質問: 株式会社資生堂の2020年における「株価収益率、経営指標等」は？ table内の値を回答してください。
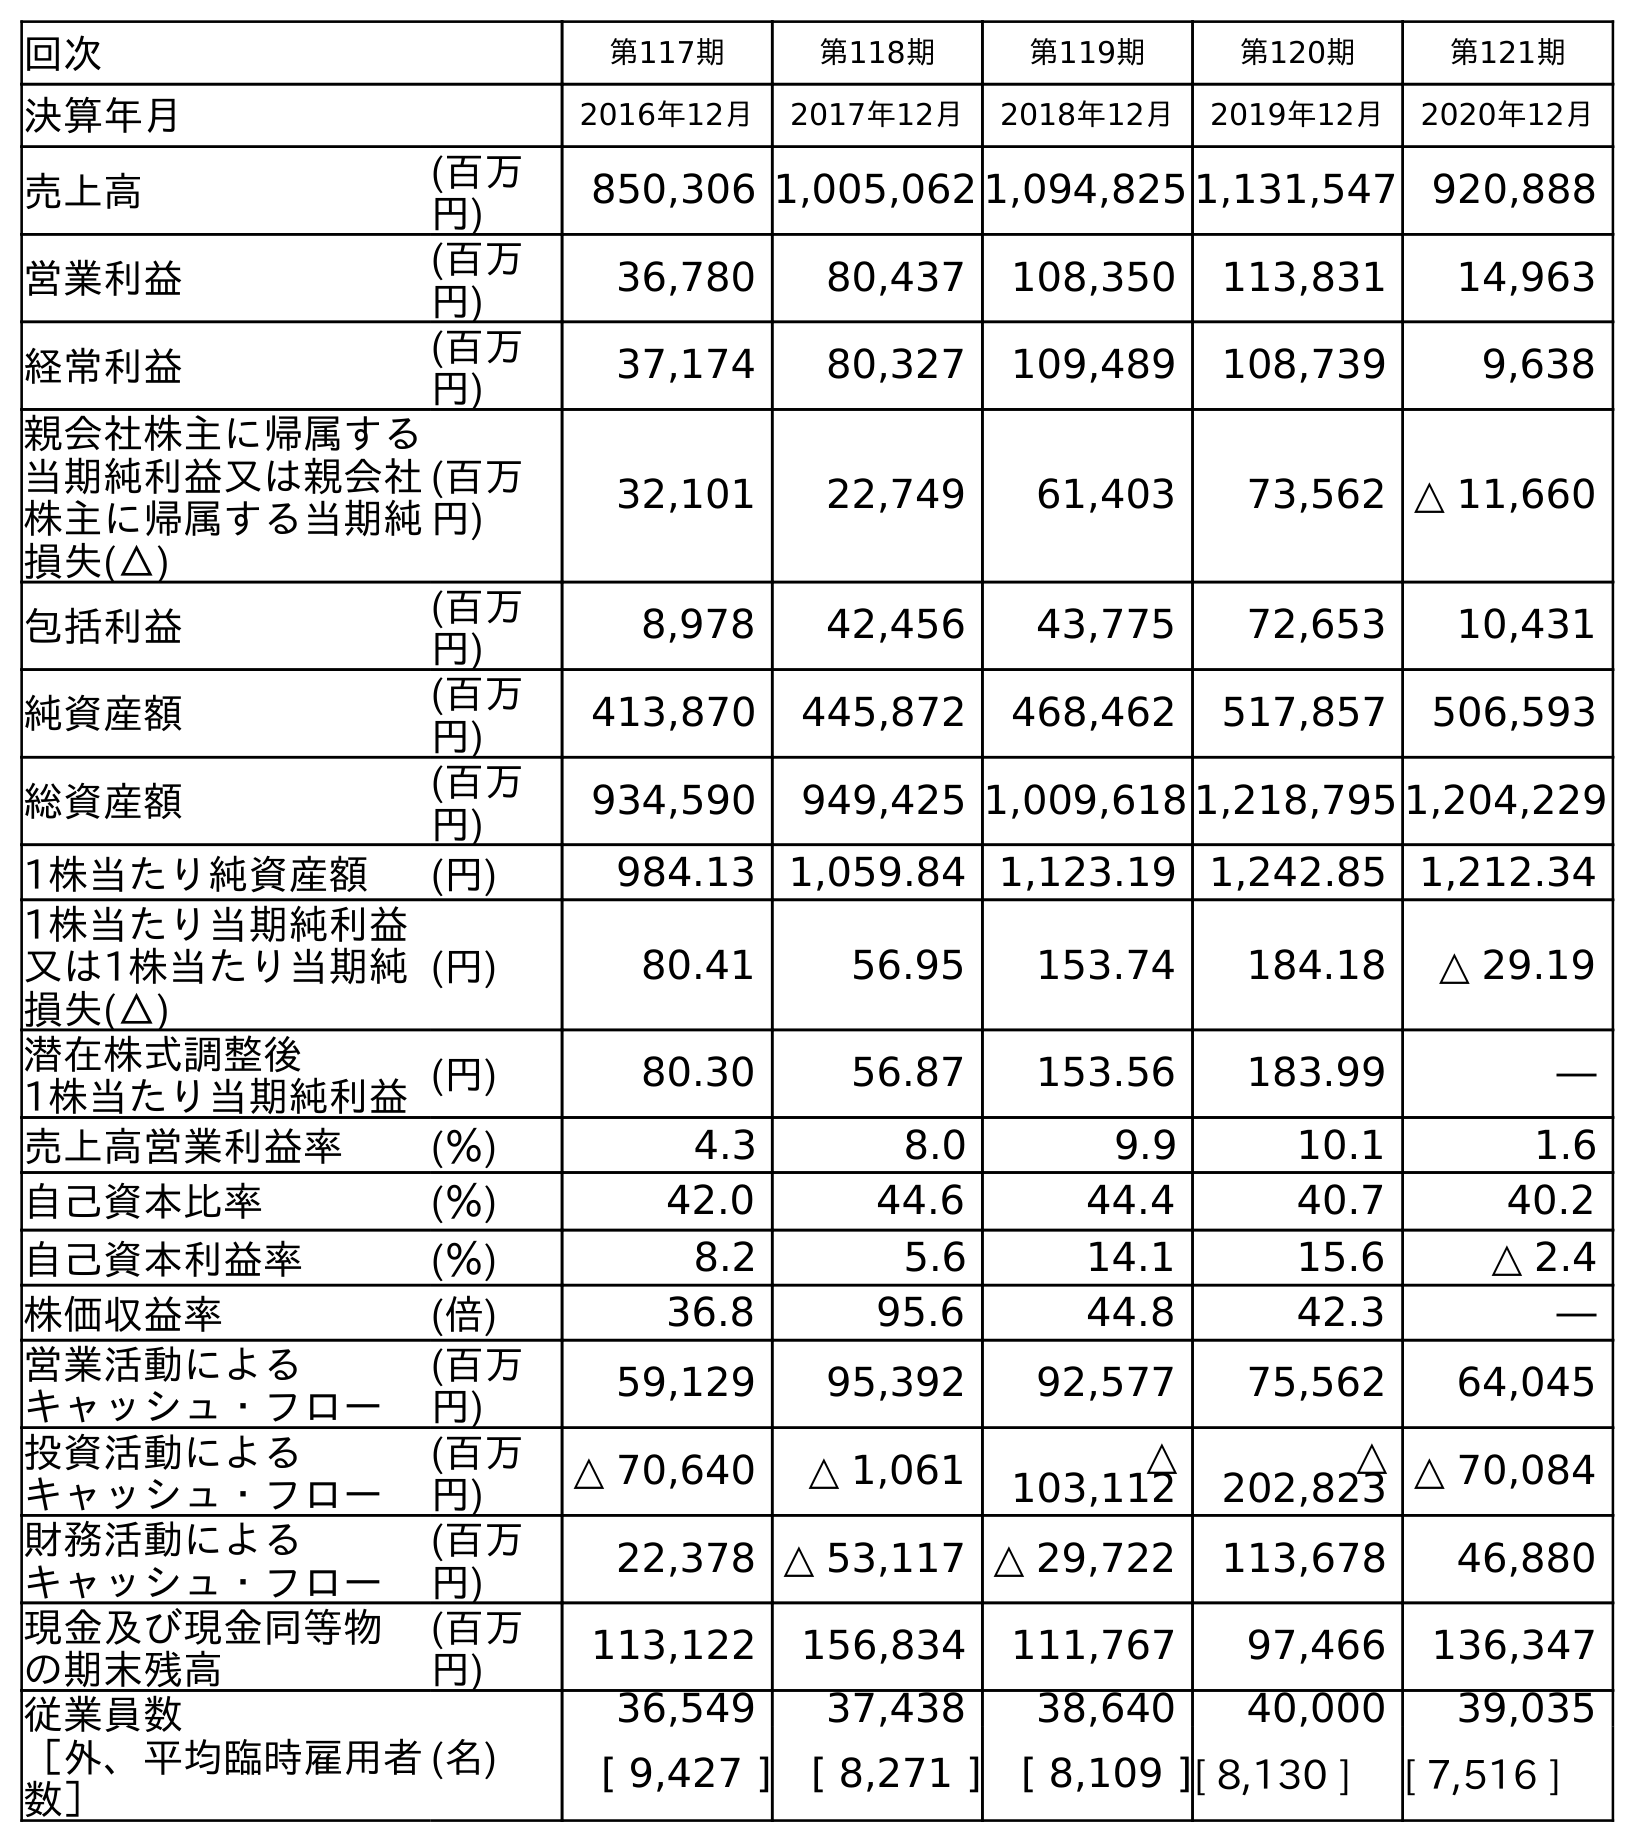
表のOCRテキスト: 回次 第117期 第118期 第119期 第120期 第121期 決算年月 2016年12月 2017年12月 2018年12月 2019年12月 2020年12月 売上高 (百万 円) 850,306 1,005,062 1,094,825 1,131,547 920,888 営業利益 (百万 円) 36,780 80,437 108,350 113,831 14,963 経常利益 (百万 円) 37,174 80,327 109,489 108,739 9,638 親会社株主に帰属する 当期純利益又は親会社 株主に帰属する当期純 損失(△) (百万 円) 32,101 22,749 61,403 73,562 △ 11,660 包括利益 (百万 円) 8,978 42,456 43,775 72,653 10,431 純資産額 (百万 円) 413,870 445,872 468,462 517,857 506,593 総資産額 (百万 円) 934,590 949,425 1,009,618 1,218,795 1,204,229 1株当たり純資産額 (円) 984.13 1,059.84 1,123.19 1,242.85 1,212.34 1株当たり当期純利益 又は1株当たり当期純 損失(△) (円) 80.41 56.95 153.74 184.18 △ 29.19 潜在株式調整後 1株当たり当期純利益(円) 80.30 56.87 153.56 183.99 ― 売上高営業利益率 (％) 4.3 8.0 9.9 10.1 1.6 自己資本比率 (％) 42.0 44.6 44.4 40.7 40.2 自己資本利益率 (％) 8.2 5.6 14.1 15.6 △ 2.4 株価収益率 (倍) 36.8 95.6 44.8 42.3 ― 営業活動による キャッシュ・フロー (百万 円) 59,129 95,392 92,577 75,562 64,045 投資活動による キャッシュ・フロー (百万 円) △ 70,640 △ 1,061 △ 103,112 △ 202,823 △ 70,084 財務活動による キャッシュ・フロー (百万 円) 22,378 △ 53,117 △ 29,722 113,678 46,880 現金及び現金同等物 の期末残高 (百万 円) 113,122 156,834 111,767 97,466 136,347 従業員数 ［外、平均臨時雇用者 数］ (名) 36,549 37,438 38,640 40,000 39,035 [ 9,427 ] [ 8,271 ] [ 8,109 ][ 8,130 ] [ 7,516 ]
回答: ―